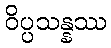
ဝိပ္ပသန္နဿ